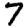
Digit: 7